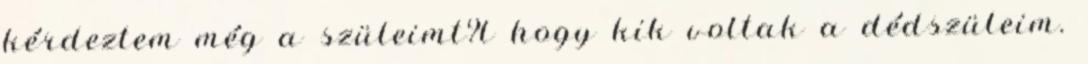
kérdeztem még a szüleimt?l hogy kik voltak a dédszüleim.